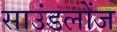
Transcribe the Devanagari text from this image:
साउंडलोंज